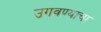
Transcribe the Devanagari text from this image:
उगवण्याचा